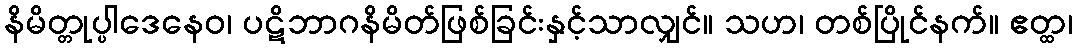
နိမိတ္တုပ္ပါဒေနေဝ၊ ပဋိဘာဂနိမိတ်ဖြစ်ခြင်းနှင့်သာလျှင်။ သဟ၊ တစ်ပြိုင်နက်။ ဧတ္ထ၊